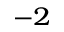
^ { - 2 }